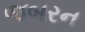
જબરન